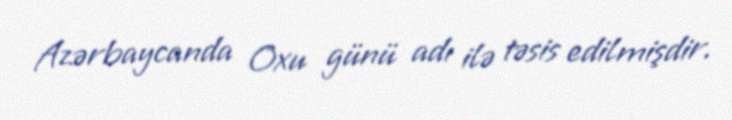
Azərbaycanda Oxu günü adı ilə təsis edilmişdir.